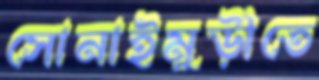
সোনাইমুড়ীতে